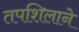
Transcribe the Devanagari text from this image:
तपशिलाने